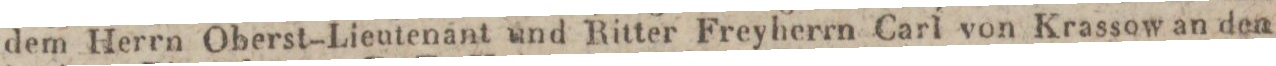
dem Herrn Oberst-Lieutenant und Ritter Freyherrn Carl von Krassow an den